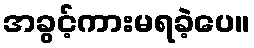
အခွင့်ကားမရခဲ့ပေ။